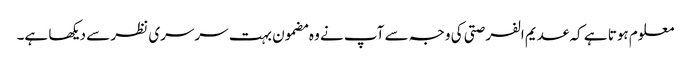
معلوم ہوتا ہے کہ عدیم الفرصتی کی وجہ سے آپ نے وہ مضمون بہت سرسری نظر سے دیکھا ہے۔